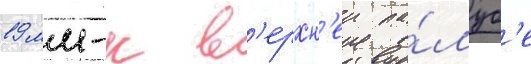
19 мм-к в'ерхн'еи па́луб'е